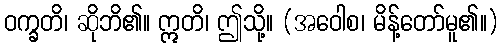
ဝက္ခတိ၊ ဆိုဘိ၏။ ဣတိ၊ ဤသို့။ (အဝေါစ၊ မိန့်တော်မူ၏။)